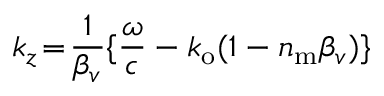
k _ { z } \! = \! \frac { 1 } { \beta _ { v } } \{ \frac { \omega } { c } - k _ { \mathrm { o } } ( 1 - n _ { \mathrm { m } } \beta _ { v } ) \}